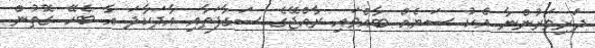
ދަރިވަރުންނާ އެކު ސަޔެއް ބާއްވައި ރާއްޖޭގެ ސަގާފަތާއި އާދަކާދަ އާ ބެހޭ ގޮތުން